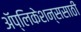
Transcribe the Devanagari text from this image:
अॅप्लिकेशन्ससाठी